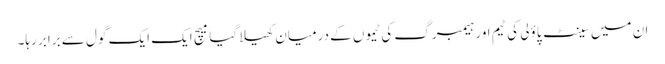
ان میں سینٹ پاؤلی کی ٹیم اور ہیمبرگ کی ٹیموں کے درمیان کھیلا گیا میچ ایک ایک گول سے برابر رہا۔